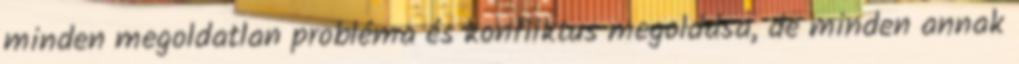
minden megoldatlan probléma és konfliktus megoldása, de minden annak